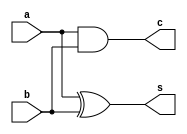
`timescale 1ns / 1ps
//////////////////////////////////////////////////////////////////////////////////
// Company: 
// Engineer: 
// 
// Design Name: 
// Module Name:    halfadder 
// Project Name: 
// Target Devices: 
// Tool versions: 
// Description: 
//
// Dependencies: 
//
// Revision: 
// Revision 0.01 - File Created
// Additional Comments: 
//
//////////////////////////////////////////////////////////////////////////////////
module halfadder(s,c,a,b);
	input a,b;
	output s,c;
	xor x(s,a,b);
	and y(c,a,b);
endmodule